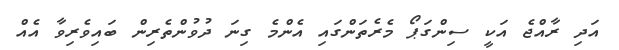
އަދި ރާއްޖެ އަކީ ސިންގަޕޯ މެރެތަންގައި އެންމެ ގިނަ ދުވުންތެރިން ބައިވެރިވާ އެއް